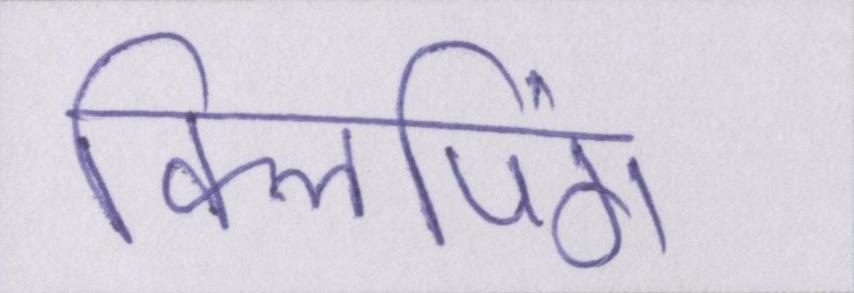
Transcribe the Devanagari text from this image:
क्लिपिंग